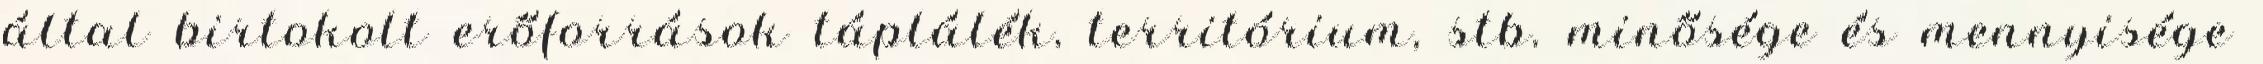
által birtokolt erőforrások táplálék, territórium, stb. minősége és mennyisége